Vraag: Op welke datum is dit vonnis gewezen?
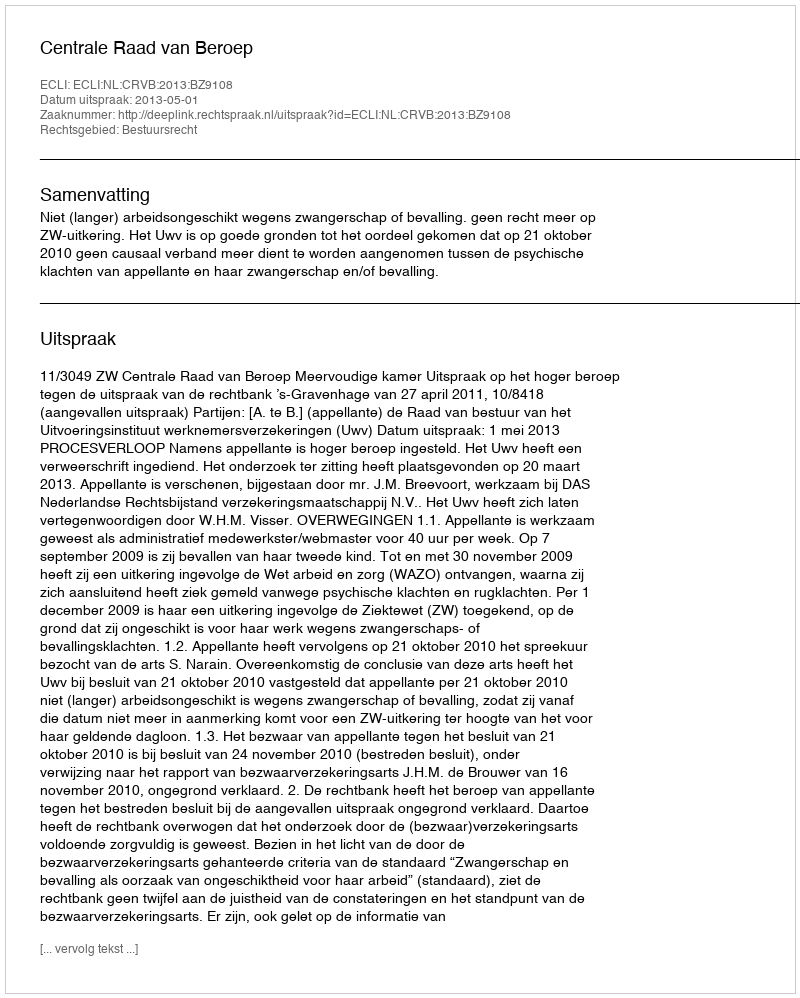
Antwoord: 2013-05-01